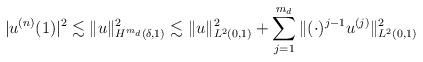
LaTeX: \begin{align*}|u^{(n)} (1)|^2 \lesssim \|u \|^2_{H^{m_d}(\delta, 1)} \lesssim \| u\|^2_{L^2(0,1)} + \sum_{j=1}^{m_d} \| (\cdot)^{j-1} u^{(j)} \|^2_{L^2(0,1)} \end{align*}